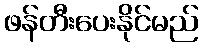
ဖန်တီးပေးနိုင်မည်